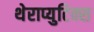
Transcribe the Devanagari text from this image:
थेराप्युटिक्स